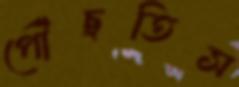
পৌঁছতিস